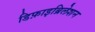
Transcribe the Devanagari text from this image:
डिफ़ाइब्रिलेशन